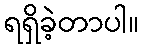
ရရှိခဲ့တာပါ။